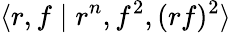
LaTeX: \langle r,f\mid r^{n},f^{2},(rf)^{2}\rangle